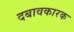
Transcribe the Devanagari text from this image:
दबावकारक